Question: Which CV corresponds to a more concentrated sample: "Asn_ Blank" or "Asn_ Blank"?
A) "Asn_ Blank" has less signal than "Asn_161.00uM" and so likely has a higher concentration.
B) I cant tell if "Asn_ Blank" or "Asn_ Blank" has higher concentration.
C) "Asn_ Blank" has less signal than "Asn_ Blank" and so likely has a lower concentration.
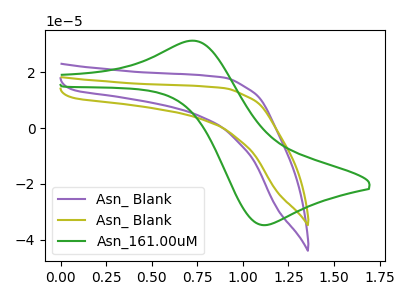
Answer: <think>The purple curve "Asn_ Blank" has no peaks. The olive curve "Asn_ Blank" has no peaks. The green curve "Asn_161.00uM" has an anodic peak at (0.75V, 31.15uA) and a cathodic peak at (1.10V, -34.70uA).
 Neither "Asn_ Blank" or "Asn_ Blank" have any peaks.</think>
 <answer>B) I cant tell if "Asn_ Blank" or "Asn_ Blank" has higher concentration.</answer>
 <eval>B</eval>